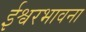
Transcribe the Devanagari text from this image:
ईश्वरभावना